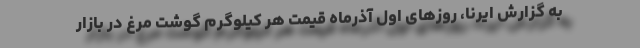
به گزارش ایرنا، روزهای اول آذرماه قیمت هر کیلوگرم گوشت مرغ در بازار